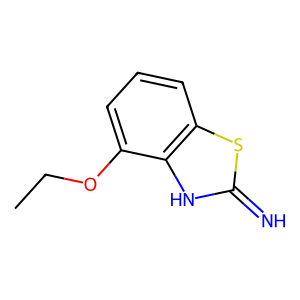
SMILES: CCOc1cccc2sc(=N)[nH]c12
Inhibits HIV replication: No